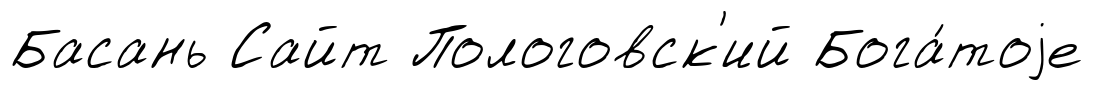
Басань Сайт Пологовск'ий Бога́тоjе